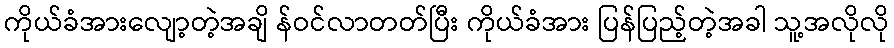
ကိုယ်ခံအားလျော့တဲ့အချိ န်ဝင်လာတတ်ပြီး ကိုယ်ခံအား ပြန်ပြည့်တဲ့အခါ သူ့အလိုလို